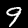
Label: 9